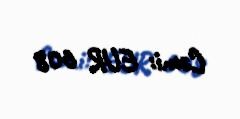
Cəmi: EUR 608